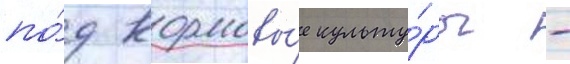
по́д кормовы́е культу́ры -